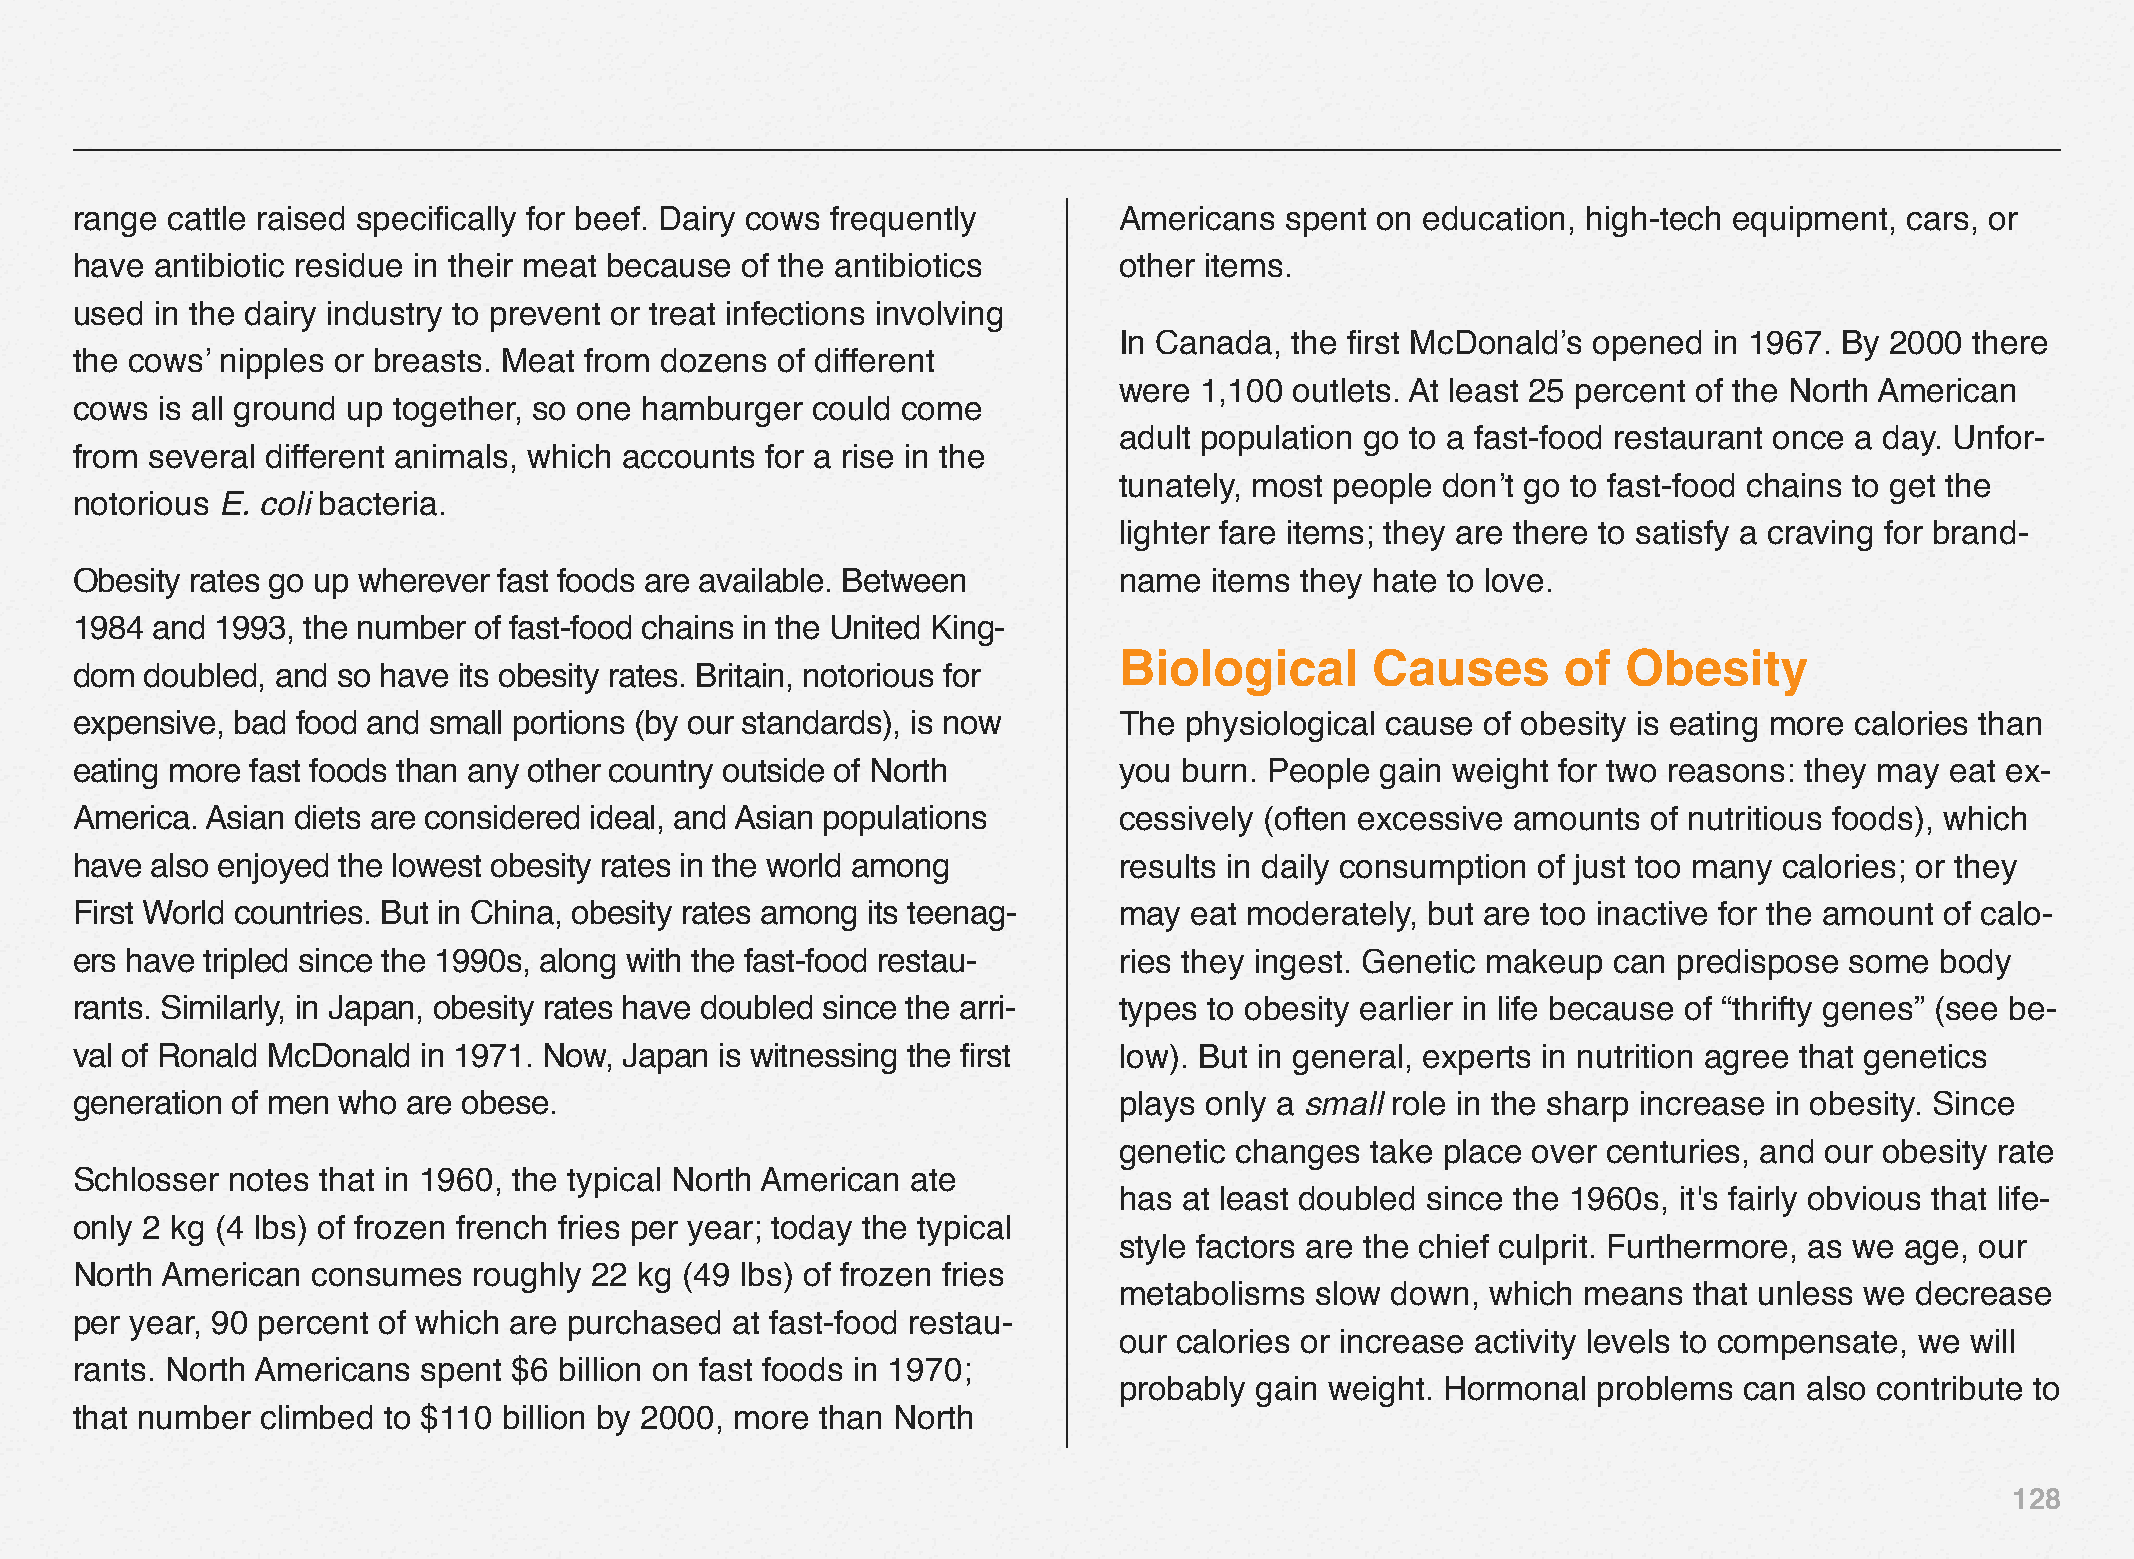
range cattle raised specifically for beef. Dairy cows frequently     Americans  spent on education, high-tech equipment, cars, or
 have antibiotic residue in their meat because of the antibiotics     other items.
 used in the dairy industry to prevent or treat infections involving
 In Canada, the first McDonald’s opened in 1967. By 2000  there
 the cows’ nipples or breasts. Meat from dozens of different
 were 1,100  outlets. At least 25 percent of the North American
 cows is all ground up together, so one hamburger could come
 adult population go to a fast-food restaurant once a day. Unfor-
 from several different animals, which accounts for a rise in the
 tunately, most people don’t go to fast-food chains to get the
 notorious E. coli bacteria.
 lighter fare items; they are there to satisfy a craving for brand-
 Obesity rates go up wherever fast foods are available. Between       name  items they hate to love.
 1984 and 1993, the number of fast-food chains in the United King-
 Biological       Causes       of  Obesity
 dom  doubled, and so have its obesity rates. Britain, notorious for
 expensive, bad food and small portions (by our standards), is now    The physiological cause of obesity is eating more calories than
 eating more fast foods than any other country outside of North       you burn. People gain weight for two reasons: they may eat ex-
 America. Asian diets are considered ideal, and Asian populations     cessively (often excessive amounts of nutritious foods), which
 have also enjoyed the lowest obesity rates in the world among        results in daily consumption of just too many calories; or they
 First World countries. But in China, obesity rates among its teenag- may  eat moderately, but are too inactive for the amount of calo-
 ers have tripled since the 1990s, along with the fast-food restau-   ries they ingest. Genetic makeup can predispose some  body
 rants. Similarly, in Japan, obesity rates have doubled since the arri- types to obesity earlier in life because of “thrifty genes” (see be-
 val of Ronald McDonald in 1971. Now, Japan is witnessing the first   low). But in general, experts in nutrition agree that genetics
 generation of men who are obese.                                     plays only a small role in the sharp increase in obesity. Since
 genetic changes  take place over centuries, and our obesity rate
 Schlosser notes that in 1960, the typical North American ate
 has at least doubled since the 1960s, it's fairly obvious that life-
 only 2 kg (4 lbs) of frozen french fries per year; today the typical
 style factors are the chief culprit. Furthermore, as we age, our
 North American  consumes  roughly 22 kg (49 lbs) of frozen fries
 metabolisms  slow down,  which means  that unless we decrease
 per year, 90 percent of which are purchased at fast-food restau-
 our calories or increase activity levels to compensate, we will
 rants. North Americans spent $6 billion on fast foods in 1970;
 probably gain weight. Hormonal  problems can  also contribute to
 that number climbed to $110 billion by 2000, more than North
 128